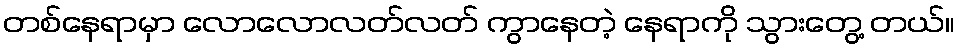
တစ်နေရာမှာ လောလောလတ်လတ် ကွာနေတဲ့ နေရာကို သွားတွေ့ တယ်။